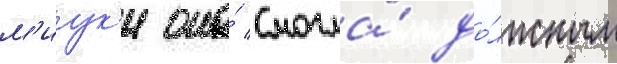
м'иук'и она́ смогла́ до́лжным